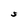
Character: S